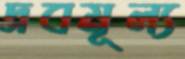
দ্রবমূল্য